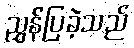
ညွှန်ပြခဲ့သည်